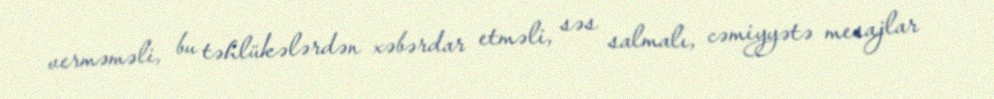
verməməli, bu təhlükələrdən xəbərdar etməli, səs salmalı, cəmiyyətə mesajlar